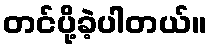
တင်ပို့ခဲ့ပါတယ်။